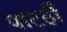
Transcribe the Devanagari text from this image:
पाटर्ठी